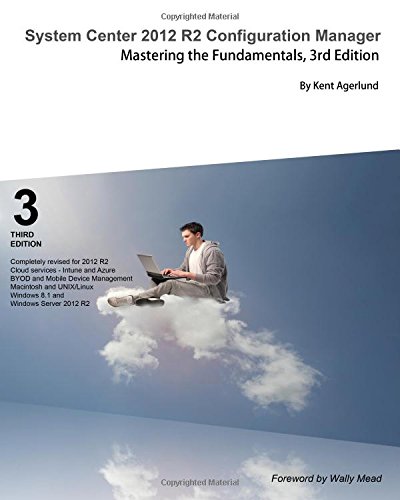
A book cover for System Center 2012 R2 Configuration Manager: Mastering the Fundamentals; Kent Agerlund; Computers & Technology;